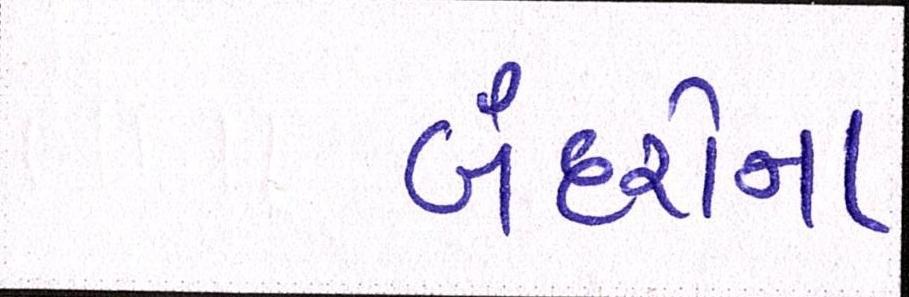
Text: બંદરોના